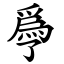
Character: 爳